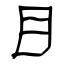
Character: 目